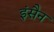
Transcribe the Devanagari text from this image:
इंसैन